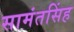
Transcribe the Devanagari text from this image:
सामंतसिंह